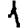
Digit: 1